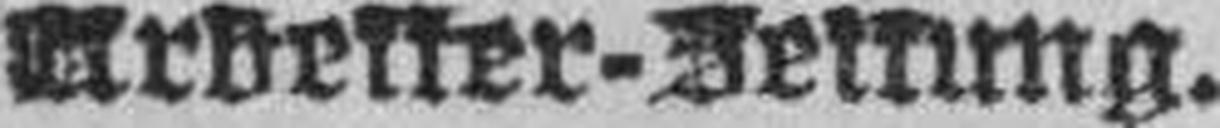
Arbeiter-Zeitung.